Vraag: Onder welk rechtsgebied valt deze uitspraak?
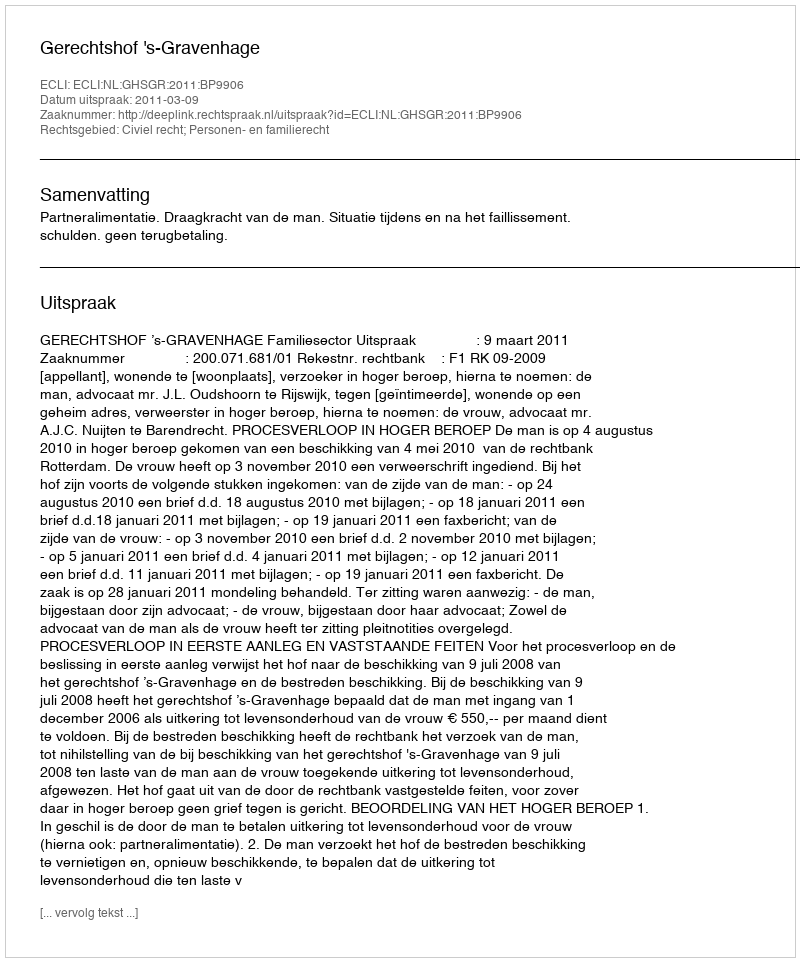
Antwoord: Civiel recht; Personen- en familierecht